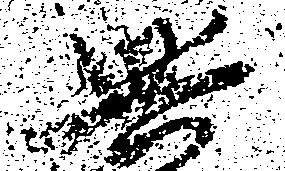
興